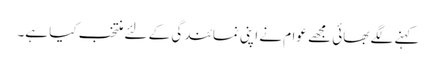
کہنے لگے بھائی مجھے عوام نے اپنی نمائندگی کے لئے منتخب کیا ہے۔